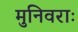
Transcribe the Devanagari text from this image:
मुनिवराः